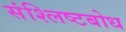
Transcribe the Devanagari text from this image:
संश्लिष्टबोध